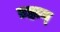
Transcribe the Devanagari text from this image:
ब्रह्मम्